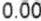
0.00